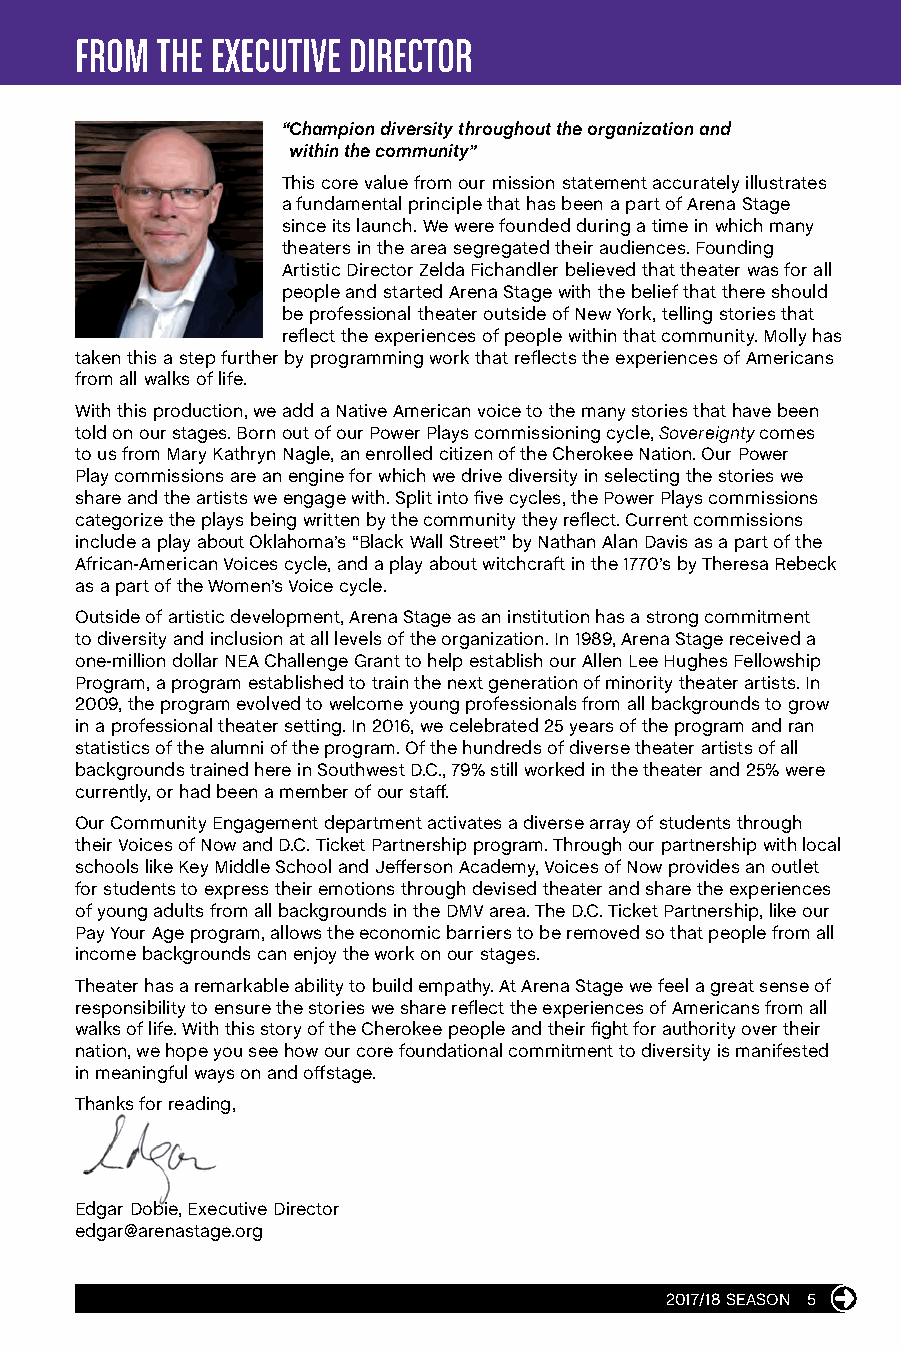
FROM THE EXECUTIVE DIRECTOR
 “ Champion diversity throughout the organization and
 within the community”
 This core value from our mission statement accurately illustrates
 a fundamental principle that has been a part of Arena Stage
 since its launch. We were founded during a time in which many
 theaters in the area segregated their audiences. Founding
 Artistic Director Zelda Fichandler believed that theater was for all
 people and started Arena Stage with the belief that there should
 be professional theater outside of New York, telling stories that
 reflect the experiences of people within that community. Molly has
 taken this a step further by programming work that reflects the experiences of Americans
 from all walks of life.
 With this production, we add a Native American voice to the many stories that have been
 told on our stages. Born out of our Power Plays commissioning cycle, Sovereignty comes
 to us from Mary Kathryn Nagle, an enrolled citizen of the Cherokee Nation. Our Power
 Play commissions are an engine for which we drive diversity in selecting the stories we
 share and the artists we engage with. Split into five cycles, the Power Plays commissions
 categorize the plays being written by the community they reflect. Current commissions
 include a play about Oklahoma’s “Black Wall Street” by Nathan Alan Davis as a part of the
 African-American Voices cycle, and a play about witchcraft in the 1770’s by Theresa Rebeck
 as a part of the Women’s Voice cycle.
 Outside of artistic development, Arena Stage as an institution has a strong commitment
 to diversity and inclusion at all levels of the organization. In 1989, Arena Stage received a
 one-million dollar NEA Challenge Grant to help establish our Allen Lee Hughes Fellowship
 Program, a program established to train the next generation of minority theater artists. In
 2009, the program evolved to welcome young professionals from all backgrounds to grow
 in a professional theater setting. In 2016, we celebrated 25 years of the program and ran
 statistics of the alumni of the program. Of the hundreds of diverse theater artists of all
 backgrounds trained here in Southwest D.C., 79% still worked in the theater and 25% were
 currently, or had been a member of our staff.
 Our Community Engagement department activates a diverse array of students through
 their Voices of Now and D.C. Ticket Partnership program. Through our partnership with local
 schools like Key Middle School and Jefferson Academy, Voices of Now provides an outlet
 for students to express their emotions through devised theater and share the experiences
 of young adults from all backgrounds in the DMV area. The D.C. Ticket Partnership, like our
 Pay Your Age program, allows the economic barriers to be removed so that people from all
 income backgrounds can enjoy the work on our stages.
 Theater has a remarkable ability to build empathy. At Arena Stage we feel a great sense of
 responsibility to ensure the stories we share reflect the experiences of Americans from all
 walks of life. With this story of the Cherokee people and their fight for authority over their
 nation, we hope you see how our core foundational commitment to diversity is manifested
 in meaningful ways on and offstage.
 Thanks for reading,
 Edgar Dobie, Executive Director
 edgar@arenastage.org
 2017/18 SEASON 5